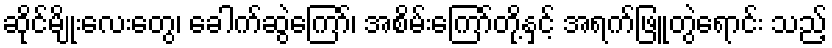
ဆိုင်မျိုးလေးတွေ၊ ခေါက်ဆွဲကြော်၊ အစိမ်းကြော်တို့နှင့် အရက်ဖြူတွဲရောင်း သည့်